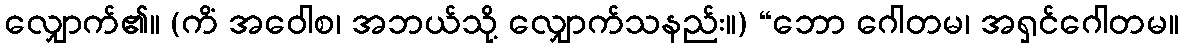
လျှောက်၏။ (ကိံ အဝေါစ၊ အဘယ်သို့ လျှောက်သနည်း။) “ဘော ဂေါတမ၊ အရှင်ဂေါတမ။